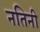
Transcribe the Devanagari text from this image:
नतिनी